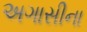
અગાસીના